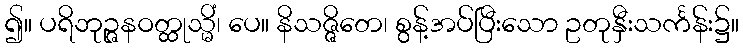
၍။ ပရိဘုဉ္ဇနဝတ္ထုသ္မိံ၊ ပေ။ နိသဇ္ဇိတေ၊ စွန့်အပ်ပြီးသော ဥတုနှီးသင်္ကန်း၌။